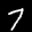
Label: 7